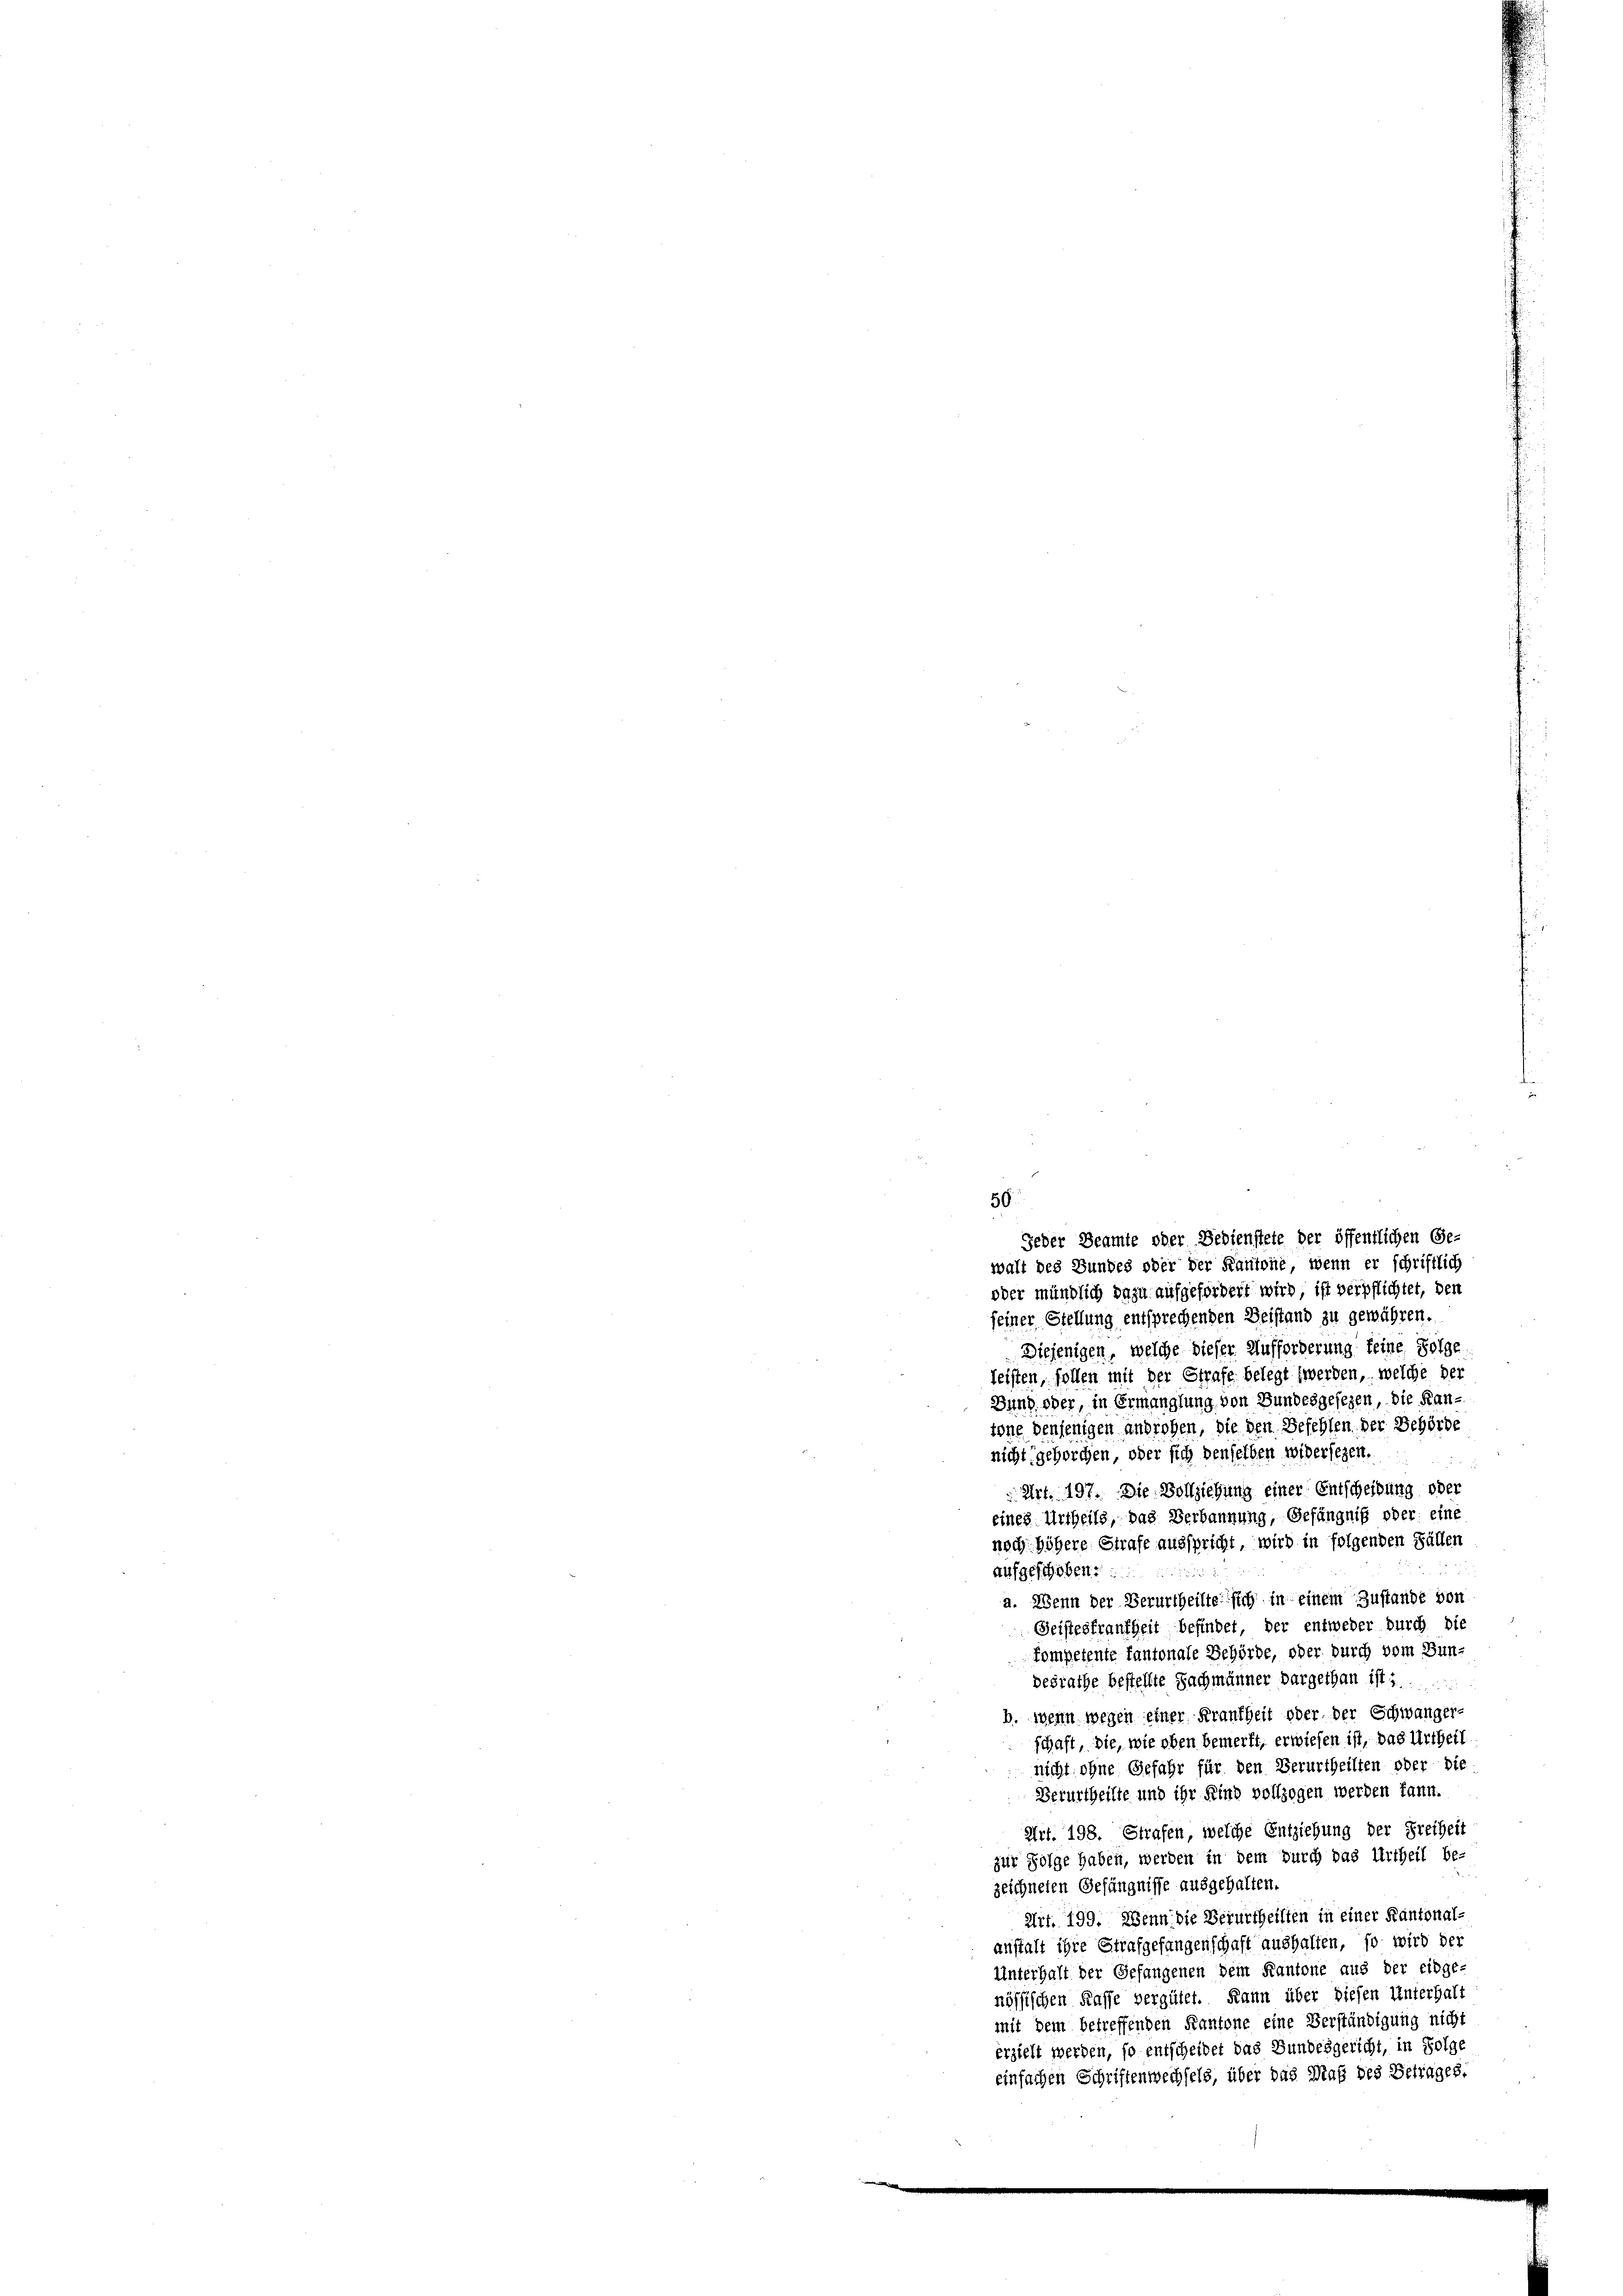
50
Jeder Beamte oder Bedienstete der öffentlichen Ge-
walt des Bundes oder der Kantone, wenn er schriftlich

oder mündlich dazu aufgefordert wird, ist verpflichtet, den
seiner Stellung entsprechenden Beistand zu gewähren.
Diejenigen, welche dieser Aufforderung feine Folge.
leisten, sollen mit der Strafe belegt werden, welche der
Dung oder, in Ermanglung von Bundesgesezen, die Kan-
tone denjenigen androhen, die den Befehlen der Behörde
nicht gehorchen, oder sich denselben widersezen,
H
Art. 197. Die Vollziehung einer Entscheibung oder
eines Urtheils, das Verbannung, Gefängniß oder eine
noch höhere Strafe ausspricht, wird in folgenden Fällen
aufgeschoben.
a. Wenn der Verurtheilte sich in einem Zustande von
Geistesfraufheit befindet, der entweder durch die
kompetente fantonale Behörde, oder durch dem Bundesrathe bestellte Sachmänner dargethan ist:
b. wenn wegen einer Frankheit oder der Schwanger-
schaft, die, wie oben bemerkt, erwiesen ist, das Urtheil
nicht ohne Gefahr für den Verurtheilten oder die
Berurtheilte und ihr Kind vollzogen werden kann.
Art. 198. Strafen, welche Entziehung der Freiheit
zur Folge haben, werden in dem durch das Urtheil be-
zeichneten Gefängnisse ausgehalten.
Art. 199. Wenn die Verurtheilten in einer Kantonal-
anstalt ihre Strafgefangenschaft aushalten, so wird der
Unterhalt der Gefangenen dem Kantone aus der eidge-
nössischen Kasse vergütet. Kann über diesen Unterhalt
mit dem betreffenden Kantone eine Verständigung nicht
erzielt werden, so entscheidet das Bundesgericht, in Folge
einfachen Schriftenwechsels, über das Maß des Betrages.